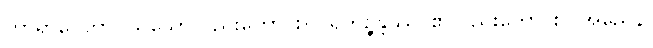
ကာရာပေတွာ ဝါ၊ သော်လည်းကောင်း။ ပရိဘုဉ္ဇန္တဿ၊ ၏လည်းကောင်း၊) အညေန၊